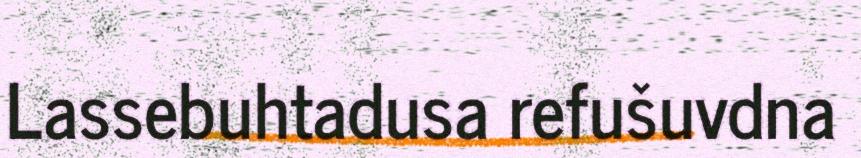
Lassebuhtadusa refušuvdna